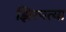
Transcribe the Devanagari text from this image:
झिरपत्या